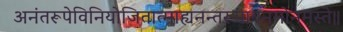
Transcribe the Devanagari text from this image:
अनंतरूपेविनियोजितात्माह्यनन्तरूपायनमोनमस्ते॥